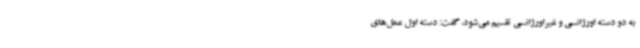
به دو دسته اورژانسی و غیراورژانسی تقسیم می‌شود، گفت: دسته اول عمل‌های